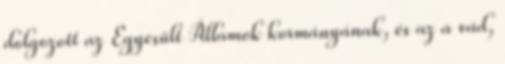
dolgozott az Egyesült Államok kormányának, és az a vád,